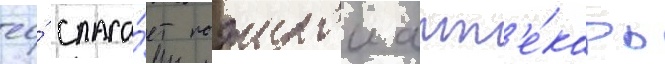
ео́ спаса́ет пожилои апт'е́карь